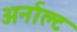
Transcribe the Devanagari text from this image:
अर्नाल्ट